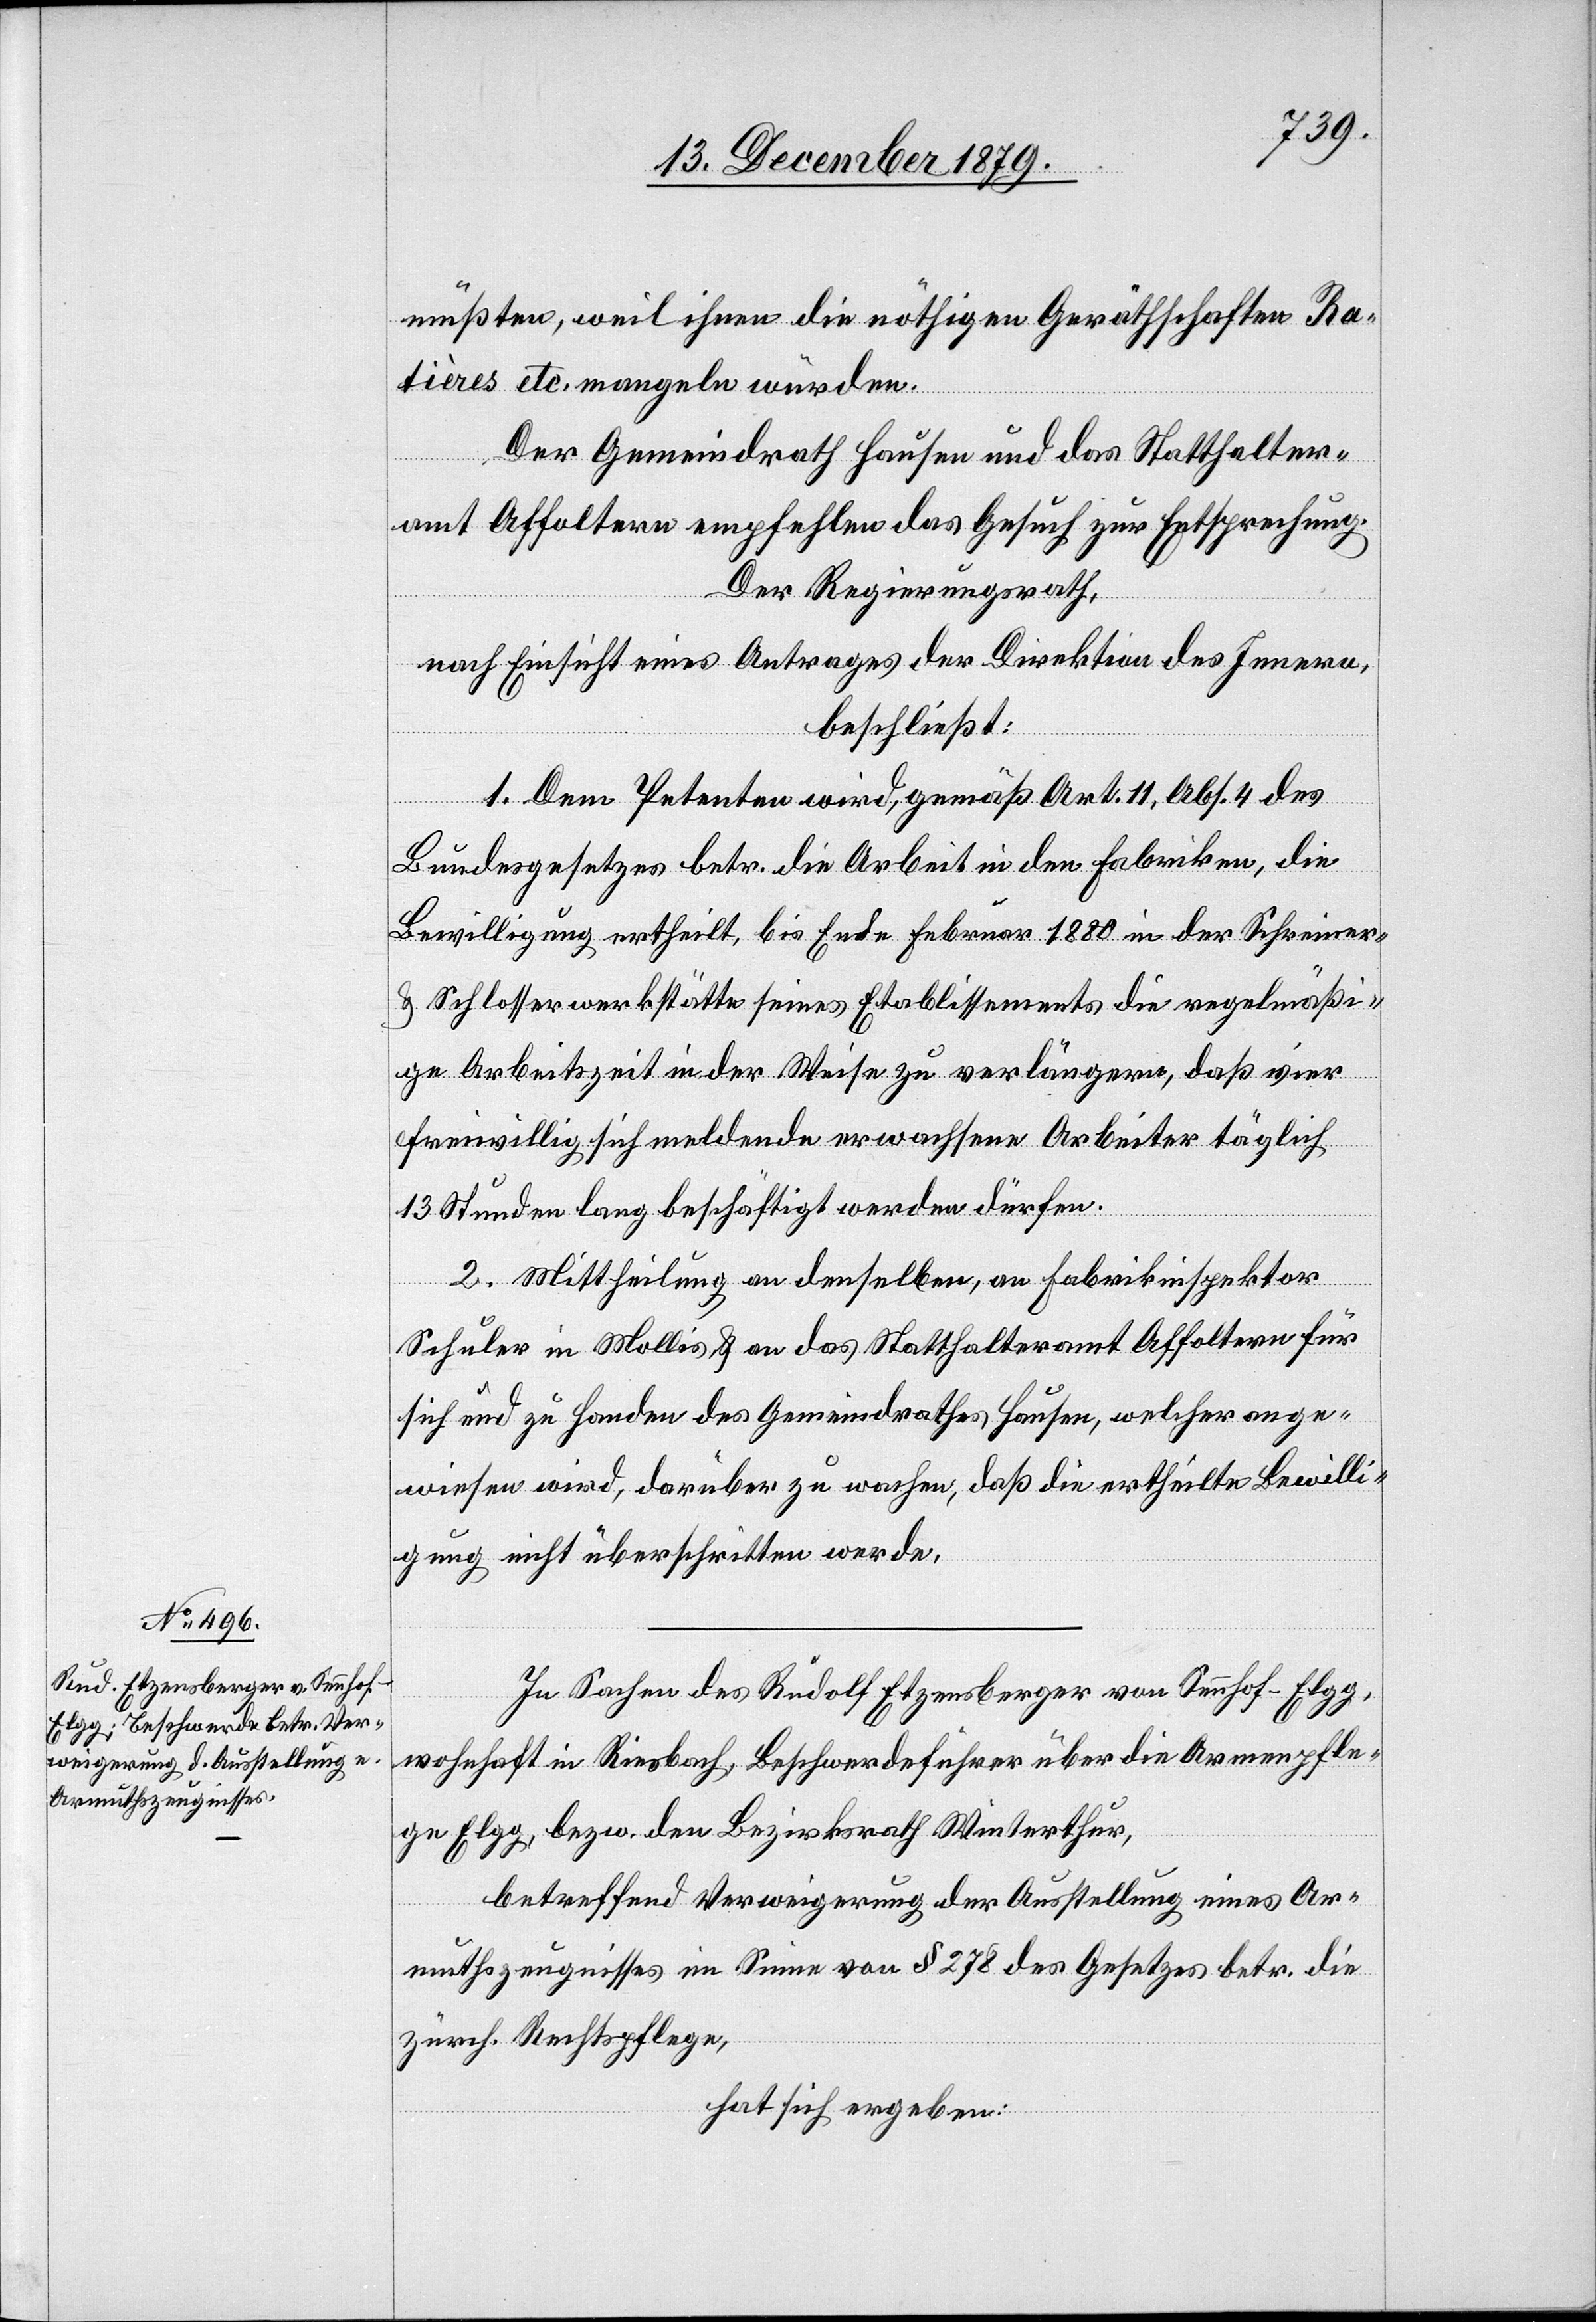
müßten, weil ihnen die nöthigen Geräthschaften Ra¬
tières etc. mangeln würden.
Der Gemeindrath Hausen und das Statthalter¬
amt Affoltern empfehlen das Gesuch zur Entsprechung.
Der Regierungsrath,
nach Einsicht eines Antrages der Direktion des Innern,
beschließt:
1. Dem Petenten wird, gemäß Art. 11, Abs. 4 des
Bundesgesetzes betr. die Arbeit in den Fabriken, die
Bewilligung ertheilt, bis Ende Februar 1880 in der Schreiner-
& Schlosserwerkstätte seines Etablissements die regelmäßi¬
ge Arbeitszeit in der Weise zu verlängern, daß vier
freiwillig sich meldende erwachsene Arbeiter täglich
13 Stunden lang beschäftigt werden dürfen.
2. Mittheilung an denselben, an Fabrikinspektor
Schuler in Mollis & an das Statthalteramt Affoltern für
sich und zu Handen des Gemeindrathes Hausen, welcher ange¬
wiesen wird, darüber zu wachen, daß die ertheilte Bewilli¬
gung nicht überschritten werde.
In Sachen des Rudolf Etzensberger von Sennhof - Elgg,
wohnhaft in Riesbach, Beschwerdeführer über die Armenpfle¬
ge Elgg, bezw. den Bezirksrath Winterthur,
betreffend Verweigerung der Ausstellung eines Ar¬
muthszeugnisses im Sinne von § 278 des Gesetzes betr. die
zürch. Rechtspflege,
hat sich ergeben: